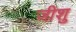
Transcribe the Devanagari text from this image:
जीशु